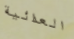
العدائية